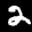
Label: 2